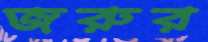
জরুর